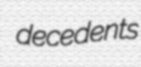
decedents